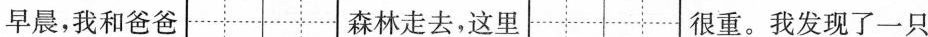
早晨，我和爸爸 森林走去，这里 很重。我发现了一只